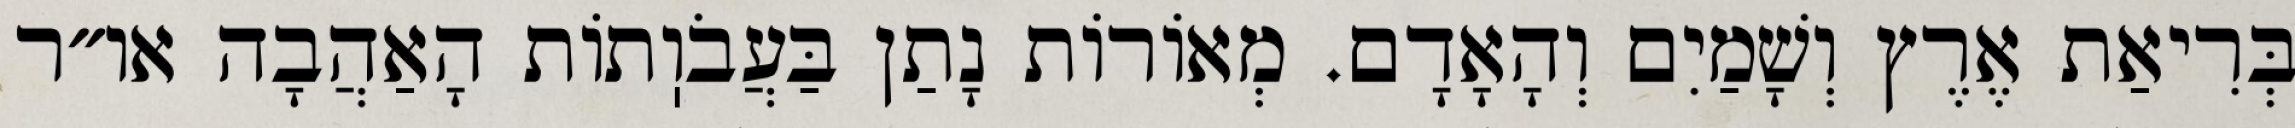
בְּרִיאַת אֶרֶץ וְשָׁמַיִם וְהָאָדָם. מְאוֹרוֹת נָתַן בַּעֲבֹוֽתוֹת הָאַהֲבָה או״ר